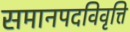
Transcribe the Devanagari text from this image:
समानपदविवृत्ति